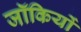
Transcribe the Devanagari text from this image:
जॉकियों